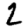
Digit: 2